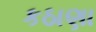
કઠાણા